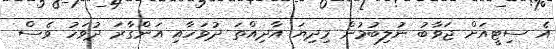
އެ ސިޓީއަށް ޖަވާބު ނުލިބުމުން މިދިޔަ އާދިއްތަ ދުވަހާއި އަންގާރަ ދުވަހު ވެސް